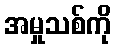
အမှုသစ်ကို